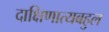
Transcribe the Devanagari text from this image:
दाक्षिणात्यबहुल